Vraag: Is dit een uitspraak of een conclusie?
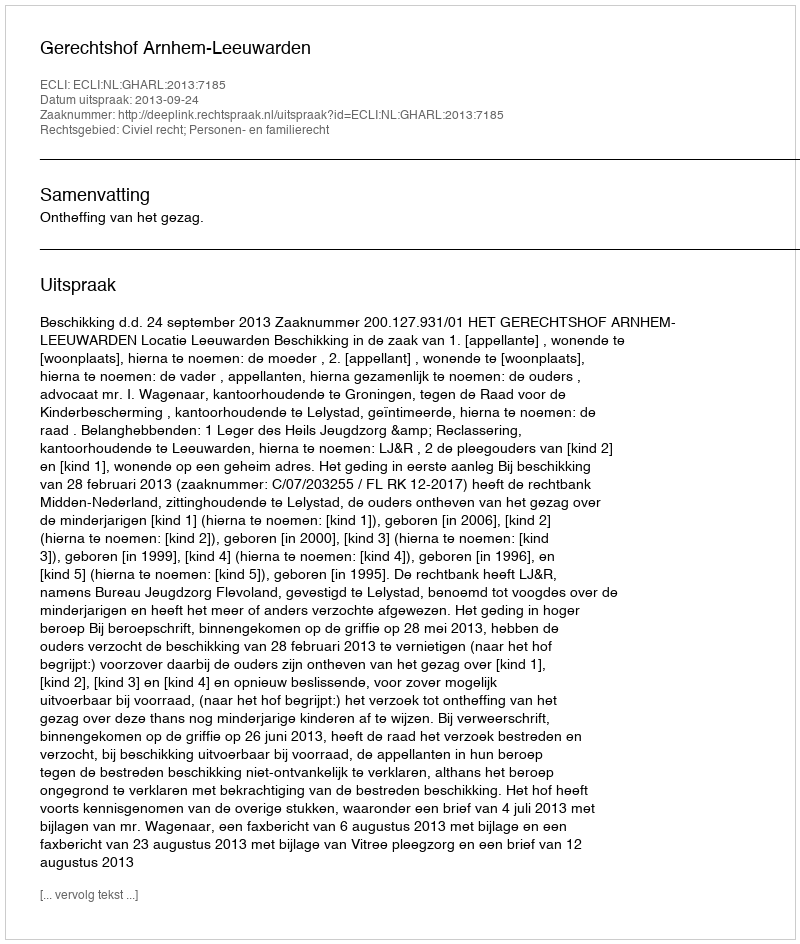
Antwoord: Uitspraak